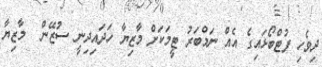
ދިވެހި ފުޓްބޯޅައިގެ އެއް ނަމްބަރު ޓީމަކަށް މާޒިޔާ ހަދައިދިނީ ސުޒޭން  މާޒިޔާ